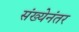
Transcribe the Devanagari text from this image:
संख्येनंतर